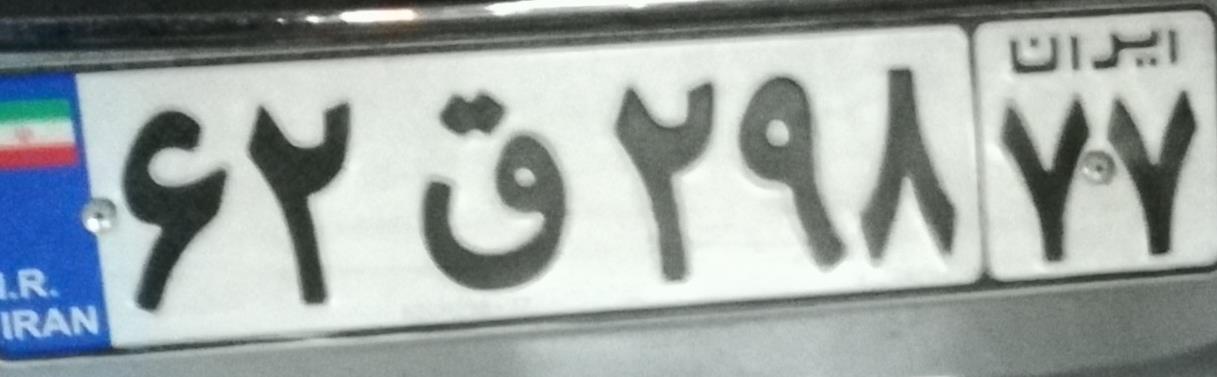
۶۲ق۲۹۸۷۷